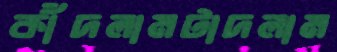
কাঁদলামটাদলাম